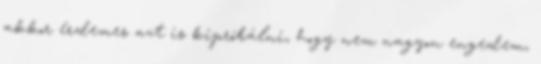
akkor érdemes azt is kipróbálni, hogy nem nagyon engedem,